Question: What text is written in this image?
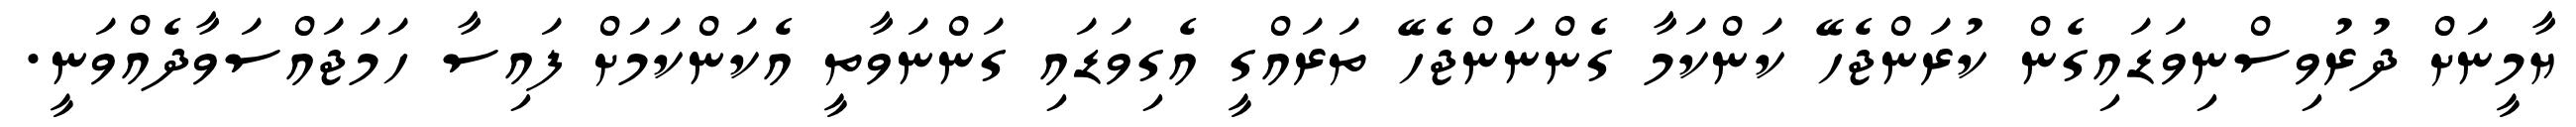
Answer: ޔާމީނަށް ދުރުވިސްނިވަޑައިގެން ކުރަންޖެހޭ ކަންކަމާ ގެންނަންޖެހޭ ތަރައްގީ އެގިވަޑައި ގަންނަވާތީ އެކަންކަމަށް ފައިސާ ހަމަޖައްސަވާދެއްވަނީ.